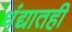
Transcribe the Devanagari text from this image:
धंद्यातही